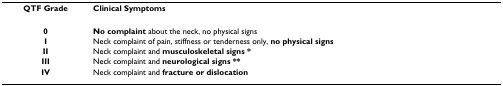
<table><thead><tr><td><b>QTF Grade</b></td><td><b>Clinical Symptoms</b></td></tr></thead><tbody><tr><td><b>0</b></td><td><b>No complaint </b>about the neck, no physical signs</td></tr><tr><td><b>I</b></td><td>Neck complaint of pain, stiffness or tenderness only, <b>no physical signs</b></td></tr><tr><td><b>II</b></td><td>Neck complaint and <b>musculoskeletal signs *</b></td></tr><tr><td><b>III</b></td><td>Neck complaint and <b>neurological signs **</b></td></tr><tr><td><b>IV</b></td><td>Neck complaint and <b>fracture or dislocation</b></td></tr></tbody></table>